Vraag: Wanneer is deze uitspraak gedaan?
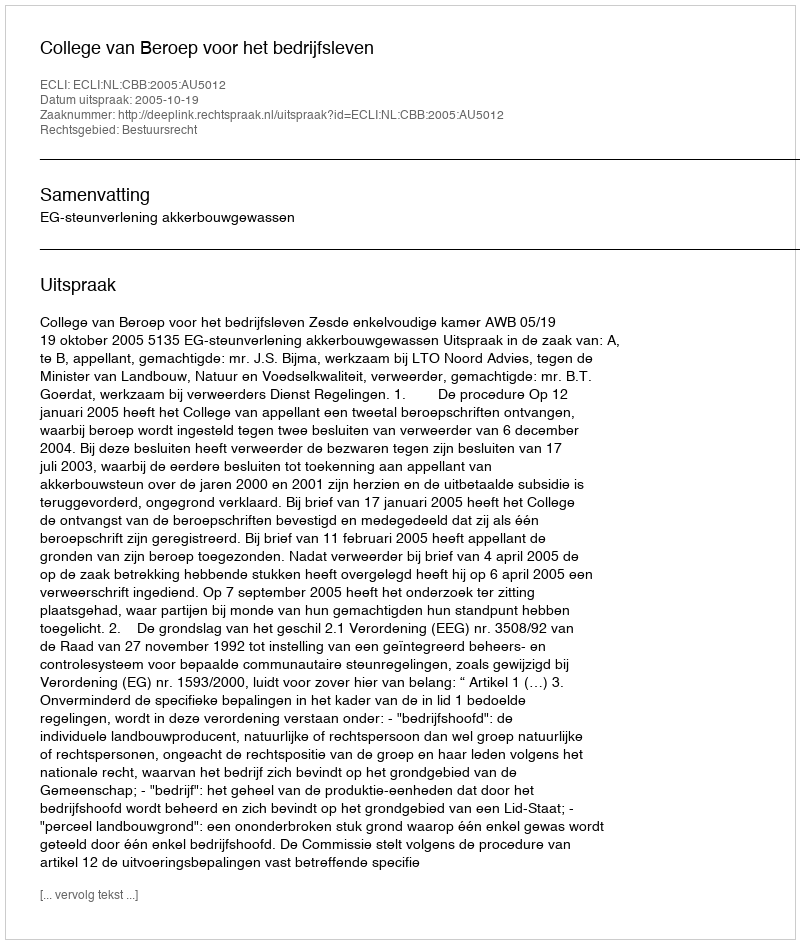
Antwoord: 2005-10-19